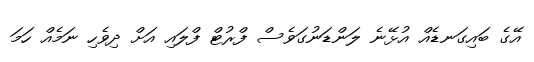
އޭގެ ބައިގަނޑެއް އުޅޭނެ ލަންޑަނުގަވެސް ފްރުޓް ފްލައި އަށް ދިވެހި ނަމެއް ހަމަ